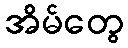
အိမ်တွေ